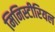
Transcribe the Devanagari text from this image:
मिनिस्टीरियल